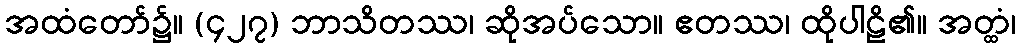
အထံတော်၌။ (၄၂၇) ဘာသိတဿ၊ ဆိုအပ်သော။ ဧတဿ၊ ထိုပါဠိ၏။ အတ္ထံ၊